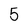
Character: 5